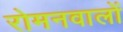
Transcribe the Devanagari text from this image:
रोमनवालों